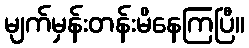
မျက်မှန်းတန်းမိနေကြပြီ။